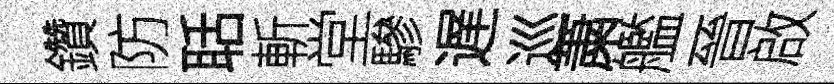
鑽防聒斬堂驂遅巡䔥艦晉啟